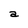
Character: a